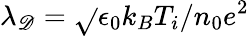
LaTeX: \lambda_{\mathscr{D}}=\sqrt{}{{\epsilon_{0}k_{B}T_{i}/n_{0}e^{2}}}